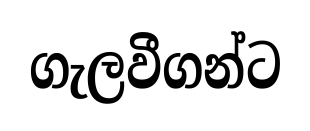
ගැලවීගන්ට